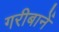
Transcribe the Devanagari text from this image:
गरीबानें